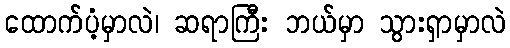
ထောက်ပံ့မှာလဲ၊ ဆရာကြီး ဘယ်မှာ သွားရှာမှာလဲ